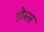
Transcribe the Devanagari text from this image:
ग़ौस्स